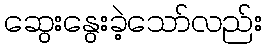
ဆွေးနွေးခဲ့သော်လည်း